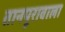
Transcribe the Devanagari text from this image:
तानपूरावाला